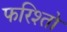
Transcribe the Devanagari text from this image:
फरिश्तो